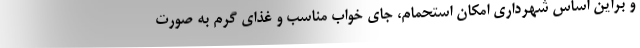
و براین اساس شهرداری امکان استحمام، جای خواب مناسب و غذای گرم به صورت